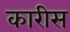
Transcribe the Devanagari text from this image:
कारीस